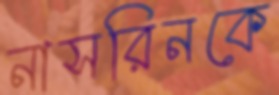
নাসরিনকে